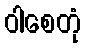
ဝါစေတုံ